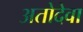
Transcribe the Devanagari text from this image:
अतोदेवा